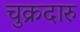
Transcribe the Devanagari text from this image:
चुक्रदारु